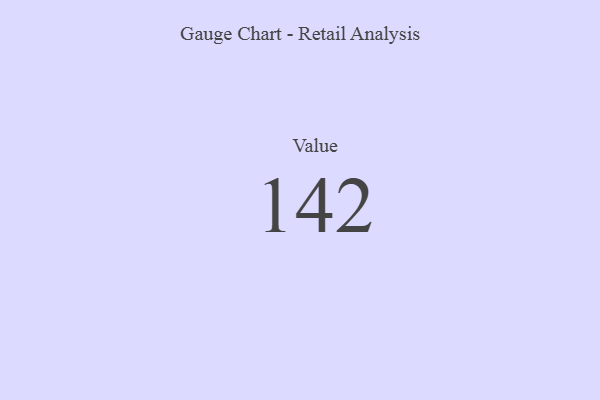
{"axis": {"x": "Metric", "y": "Value"}, "legend": [""], "data": [{"x": "Value", "y": 142, "type": ""}]}